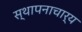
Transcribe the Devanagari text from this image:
स्थापनाचार्य